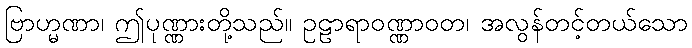
ဗြာဟ္မဏာ၊ ဤပုဏ္ဏားတို့သည်။ ဥဠာရာဝဏ္ဏာဝတ၊ အလွန်တင့်တယ်သော